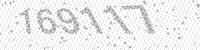
Solution: 169117